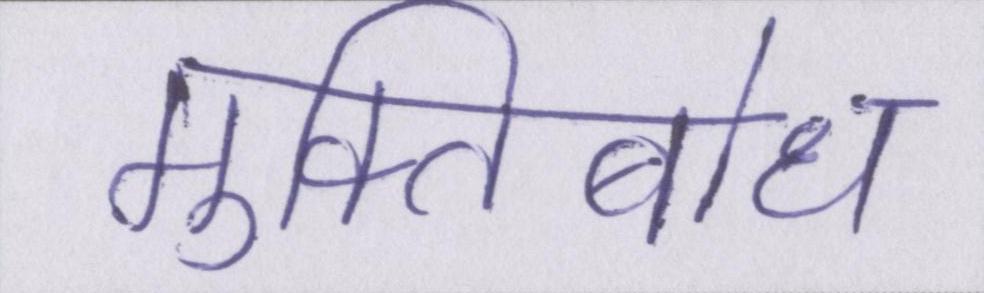
मुक्तिबोध